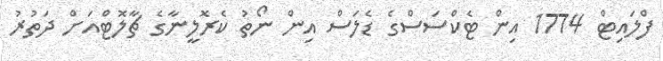
ފްލައިޓް 1774 އިން ޓެކްސަސްގެ ޑެލަސް އިން ނޯތު ކެރޮލީނާގެ ޗާލޮޓްއަށް ދަތުރު